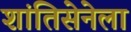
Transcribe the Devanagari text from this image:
शांतिसेनेला